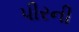
પીરની